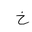
Letter: _kha